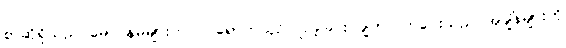
စာဆိုရှိသည် မောင်နှမများက ဝင်ရောက်ယှဉ်ပြိုင်ခဲ့ခြင်း ချက်ပြုတ်ပေးသည် အချိန်များကို